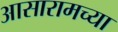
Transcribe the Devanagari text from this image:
आसारामच्या